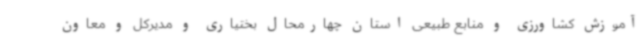
آموزش کشاورزی و منابع طبیعی استان چهارمحال بختیاری و مدیرکل و معاون